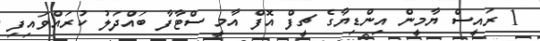
1 ރައީސް ޔާމީން އިންޑިޔާގެ ޗީފް އޮފް އާމީ ސްޓާފާ ބައްދަލު ކުރައްވައިފި